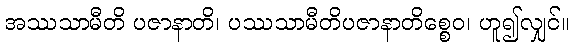
အဿသာမီတိ ပဇာနာတိ၊ ပဿသာမီတိပဇာနာတိစ္စေဝ၊ ဟူ၍လျှင်။